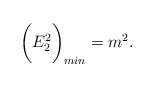
\begin{align*}\bigg(E^2_2\bigg)_{min} = m^2.\end{align*}